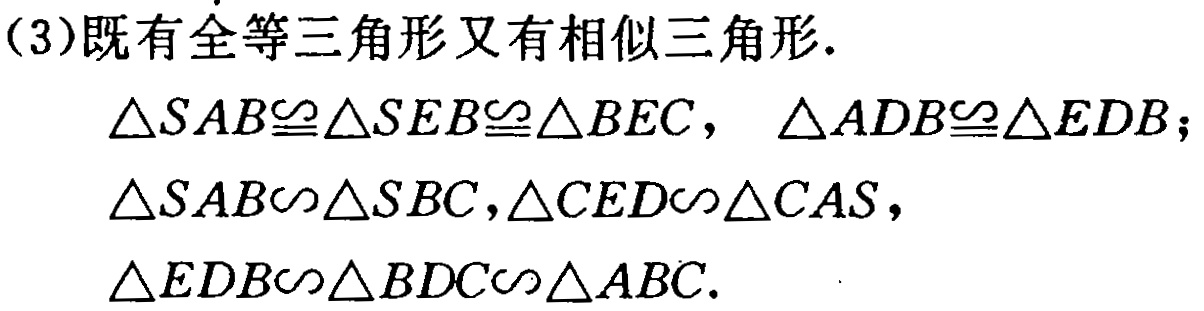
(3)既有全等三角形又有相似三角形.
\(\triangle SAB\cong\triangle SEB\cong\triangle BEC,\ \triangle ADB\cong\triangle EDB;\)
\(\triangle SAB\sim\triangle SBC,\triangle CED\sim\triangle CAS,\)
\(\triangle EDB\sim\triangle BDC\sim\triangle ABC.\)